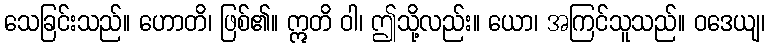
သေခြင်းသည်။ ဟောတိ၊ ဖြစ်၏။ ဣတိ ဝါ၊ ဤသို့လည်း။ ယော၊ အကြင်သူသည်။ ဝဒေယျ၊